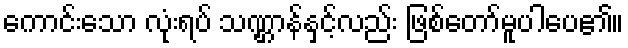
ကောင်းသော လုံးရပ် သဏ္ဌာန်နှင့်လည်း ဖြစ်တော်မူပါပေ၏။